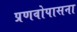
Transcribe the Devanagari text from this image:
प्रणवोपासना